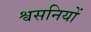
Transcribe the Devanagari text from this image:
श्वसनियों